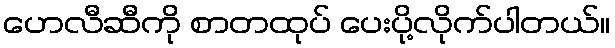
ဟေလီဆီကို စာတထုပ် ပေးပို့လိုက်ပါတယ်။